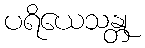
ပရိယေသန္တု